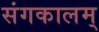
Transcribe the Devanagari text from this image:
संगकालम्